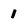
Character: 1